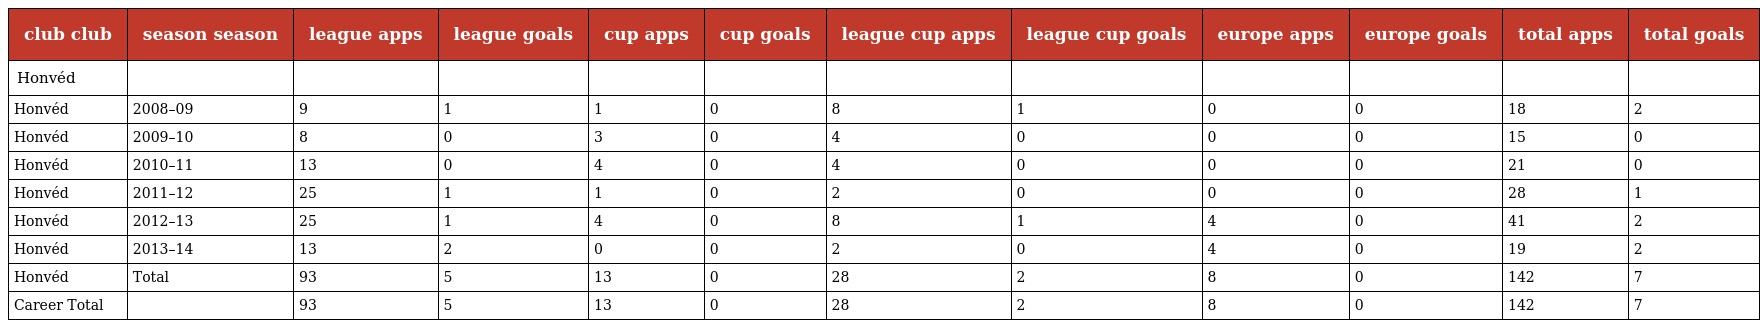
| club club | season season | league apps | league goals | cup apps | cup goals | league cup apps | league cup goals | europe apps | europe goals | total apps | total goals |
 | --- | --- | --- | --- | --- | --- | --- | --- | --- | --- | --- | --- |
 | Honvéd |  |  |  |  |  |  |  |  |  |  |  |
 | Honvéd | 2008–09 | 9 | 1 | 1 | 0 | 8 | 1 | 0 | 0 | 18 | 2 |
 | Honvéd | 2009–10 | 8 | 0 | 3 | 0 | 4 | 0 | 0 | 0 | 15 | 0 |
 | Honvéd | 2010–11 | 13 | 0 | 4 | 0 | 4 | 0 | 0 | 0 | 21 | 0 |
 | Honvéd | 2011–12 | 25 | 1 | 1 | 0 | 2 | 0 | 0 | 0 | 28 | 1 |
 | Honvéd | 2012–13 | 25 | 1 | 4 | 0 | 8 | 1 | 4 | 0 | 41 | 2 |
 | Honvéd | 2013–14 | 13 | 2 | 0 | 0 | 2 | 0 | 4 | 0 | 19 | 2 |
 | Honvéd | Total | 93 | 5 | 13 | 0 | 28 | 2 | 8 | 0 | 142 | 7 |
 | Career Total |  | 93 | 5 | 13 | 0 | 28 | 2 | 8 | 0 | 142 | 7 |